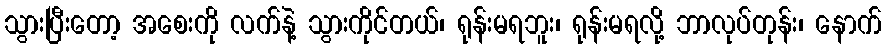
သွားပြီးတော့ အစေးကို လက်နဲ့ သွားကိုင်တယ်၊ ရုန်းမရဘူး၊ ရုန်းမရလို့ ဘာလုပ်တုန်း၊ နောက်